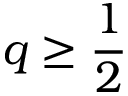
q \geq \frac 1 2